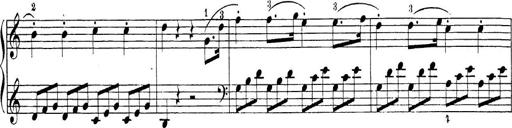
Title: Sonatina Album
Composer: Louis KÃ¶hler